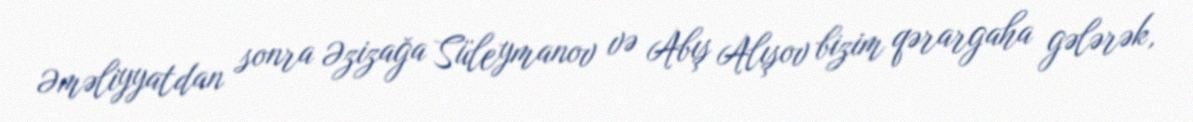
Əməliyyatdan sonra Əzizağa Süleymanov və Abış Alışov bizim qərargaha gələrək,